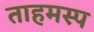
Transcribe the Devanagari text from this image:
ताहमस्प